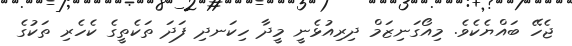
ޖެހޭ ބައްޔެކެވެ. މިއޯގަނިޒަމް ދިރިއުޅެނީ މީދާ ހިކަނދި ފަދަ ތަކެތީގެ ކެހެރި ތަކުގެ